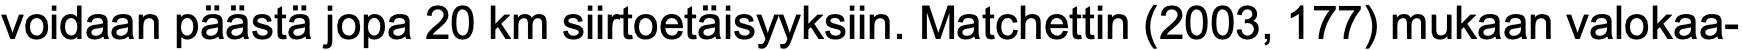
voidaan päästä jopa 20 km siirtoetäisyyksiin. Matchettin (2003, 177) mukaan valokaa-